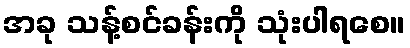
အခု သန့်စင်ခန်းကို သုံးပါရစေ။